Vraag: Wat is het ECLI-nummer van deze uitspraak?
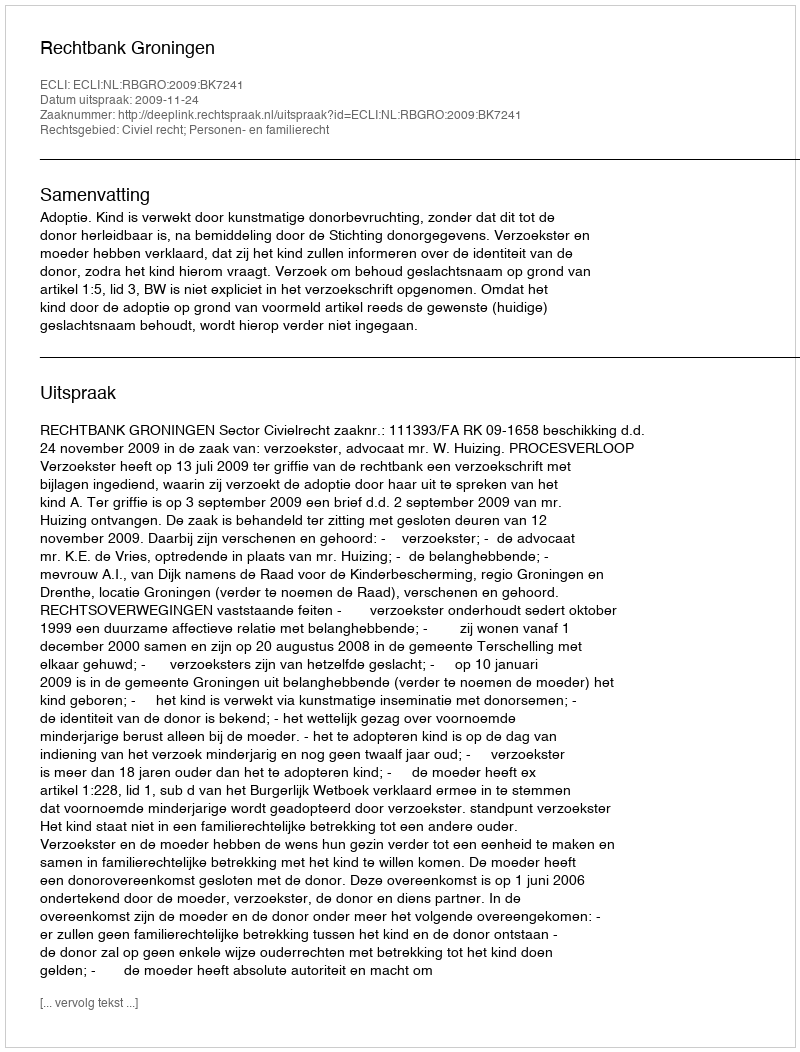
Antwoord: ECLI:NL:RBGRO:2009:BK7241